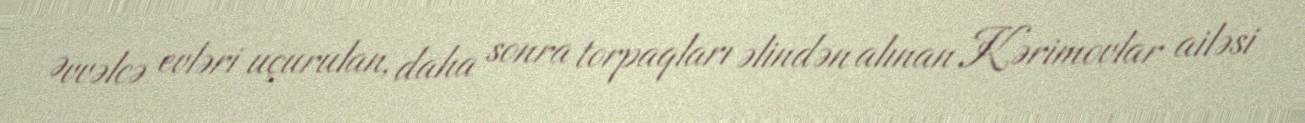
Əvvəlcə evləri uçurulan, daha sonra torpaqları əlindən alınan Kərimovlar ailəsi